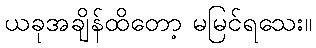
ယခုအချိန်ထိတော့ မမြင်ရသေး။